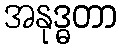
အနုဒ္ဓတာ